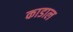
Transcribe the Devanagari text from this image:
काडाल